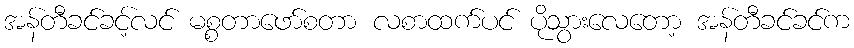
အန်တီခင်ခင့်လင် မစ္စတာဖော်စတာ လစာထက်ပင် ပိုသွားလေတော့ အန်တီခင်ခင်က